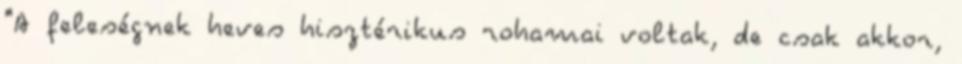
"A feleségnek heves hisztérikus rohamai voltak, de csak akkor,